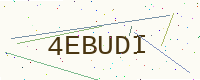
Text: 4EBUDI